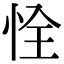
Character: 恮